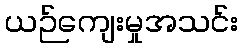
ယဉ်ကျေးမှုအသင်း